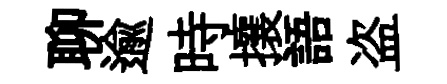
聊逾時攘語盗